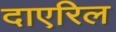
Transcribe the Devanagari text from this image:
दाएरिल